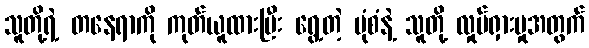
သူတို့ရဲ့ တနေရာကို ကုတ်ယူထားပြီး ရွေ့တဲ့ ပုံစံနဲ့ သူတို့ လှုပ်ရှားမှုအတွက်